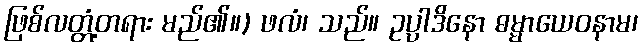
ဖြစ်လတ္တံ့တရား မည်၏။) ဖလံ၊ သည်။ ဥပ္ပါဒိနော ဓမ္မာယေဝနာမ၊